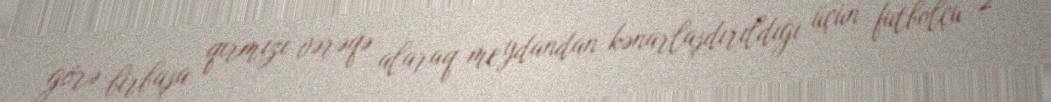
görə birbaşa qırmızı vərəqə alaraq meydandan kənarlaşdırıldığı üçün futbolçu 2